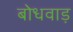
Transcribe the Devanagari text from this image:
बोधवाड़